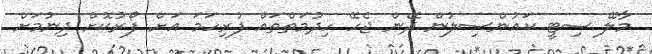
މާލޭ ސިޓީ ކައުންސިލުން ދޭން ޖެހޭ ހިދުމަތްތައް ފުރިހަމަ އަށް ފޯރުކޮށް ދިނުމަށް